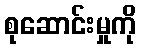
စုဆောင်းမှုကို